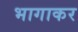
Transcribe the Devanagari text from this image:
भागाकर